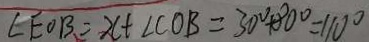
\angle E O B = x + \angle C O B = 3 0 ^ { \circ } + 8 0 ^ { \circ } = 1 1 0 ^ { \circ }